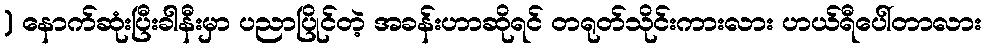
) နောက်ဆုံးပြီးခါနီးမှာ ပညာပြိုင်တဲ့ အခန်းဟာဆိုရင် တရုတ်သိုင်းကားလား ဟယ်ရီပေါ်တာလား